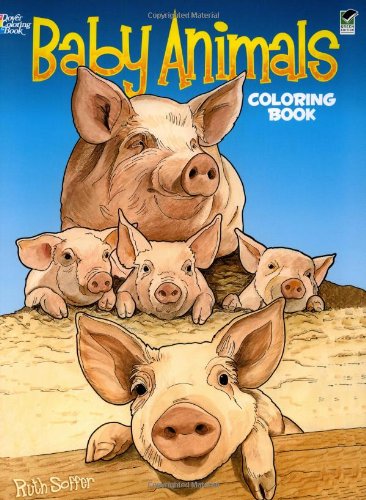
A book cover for Baby Animals Coloring Book (Dover Coloring Books); Ruth Soffer; Children's Books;